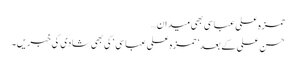
حمزہ علی عباسی بھی میدان…
حسن علی کے بعد ’ حمزہ علی عباسی ‘ کی بھی شادی کی خبریں۔